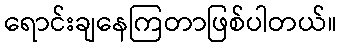
ရောင်းချနေကြတာဖြစ်ပါတယ်။